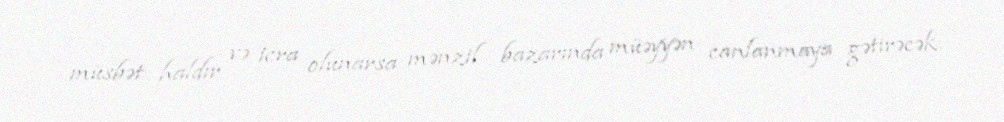
müsbət haldır və icra olunarsa mənzil bazarında müəyyən canlanmaya gətirəcək.